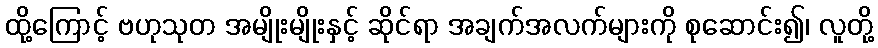
ထို့ကြောင့် ဗဟုသုတ အမျိုးမျိုးနှင့် ဆိုင်ရာ အချက်အလက်များကို စုဆောင်း၍၊ လူတို့